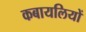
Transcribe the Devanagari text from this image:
कबायलियों